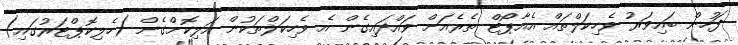
ފަހުން ބައިވަރު ވެހިކަލްތައް އެއާޕޯޓް ތެރެއަށް ވައްދައިގެން އެ ވެހިކަލްތަކުން އަލިކޮށްގެން (ހެލިކޮޕްޓަރުގައި)